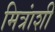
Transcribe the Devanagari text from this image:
मित्रांशी